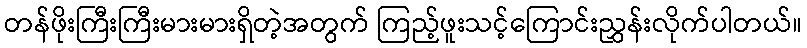
တန်ဖိုးကြီးကြီးမားမားရှိတဲ့အတွက် ကြည့်ဖူးသင့်ကြောင်းညွှန်းလိုက်ပါတယ်။